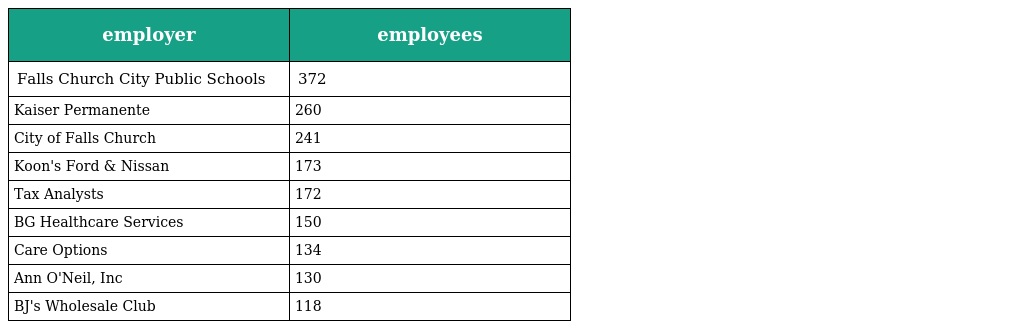
| employer | employees |
 | --- | --- |
 | Falls Church City Public Schools | 372 |
 | Kaiser Permanente | 260 |
 | City of Falls Church | 241 |
 | Koon's Ford & Nissan | 173 |
 | Tax Analysts | 172 |
 | BG Healthcare Services | 150 |
 | Care Options | 134 |
 | Ann O'Neil, Inc | 130 |
 | BJ's Wholesale Club | 118 |